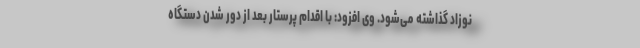
نوزاد گذاشته می‌شود. وی افزود: با اقدام پرستار بعد از دور شدن دستگاه